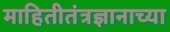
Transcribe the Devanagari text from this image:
माहितीतंत्रज्ञानाच्या